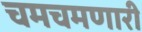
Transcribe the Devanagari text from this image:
चमचमणारी